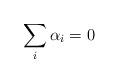
LaTeX: \begin{align*}\sum \limits_{i} \alpha_i =0\end{align*}